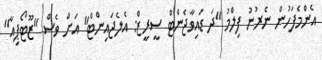
އެންމެފަހުން ނެރުނު ފިލްމު "ދަ ޑައިވާޖެންޓް ސީރީޒް: އެލެޖައިންޓް" އަށް ވެސް "ޒޫޓޯޕިއާ"